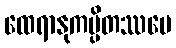
ထေရာနုကမ္ပိတဿပေ